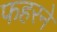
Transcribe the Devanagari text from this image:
फहरने